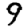
Digit: 9